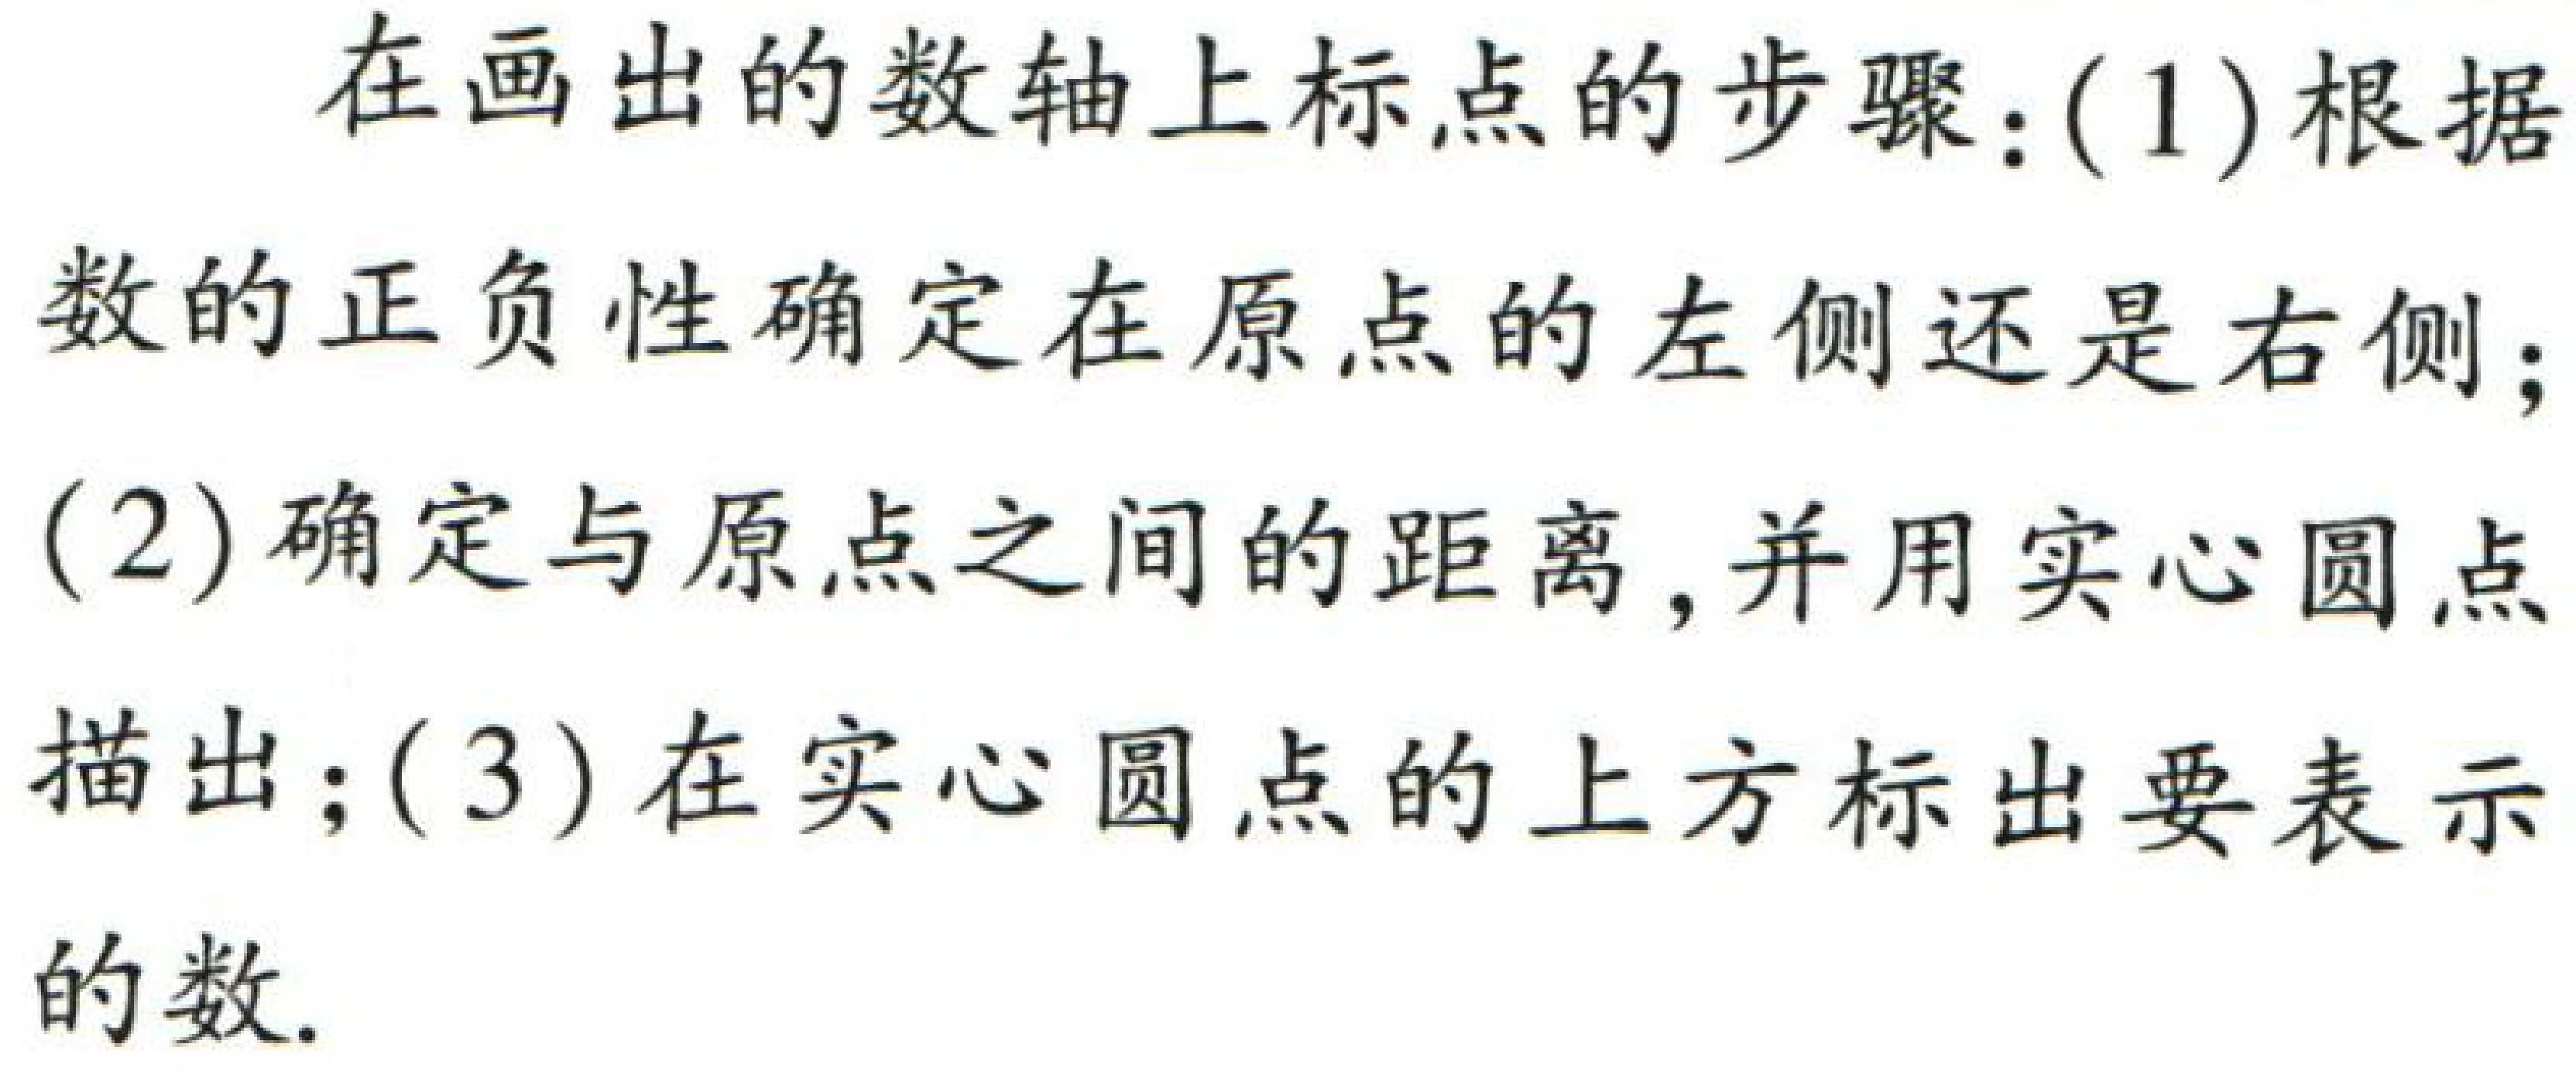
在画出的数轴上标点的步骤：(1)根据
数的正负性确定在原点的左侧还是右侧；
(2)确定与原点之间的距离，并用实心圆点
描出；(3)在实心圆点的上方标出要表示
的数.